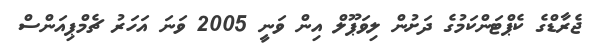
ޖެރާޑްގެ ކެޕްޓަންކަމުގެ ދަށުން ލިވަޕޫލް އިން ވަނީ 2005 ވަނަ އަހަރު ޗެމްޕިއަންސް